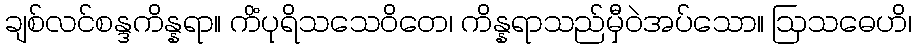
ချစ်လင်စန္ဒကိန္နရာ။ ကိံပုရိသသေဝိတေ၊ ကိန္နရာသည်မှီဝဲအပ်သော။ ဩသဓေဟိ၊